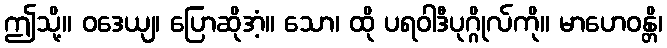
ဤသို့။ ဝဒေယျ၊ ပြောဆိုအံ့။ သော၊ ထို ပရဝါဒီပုဂ္ဂိုလ်ကို။ မာဟေဝန္တိ၊